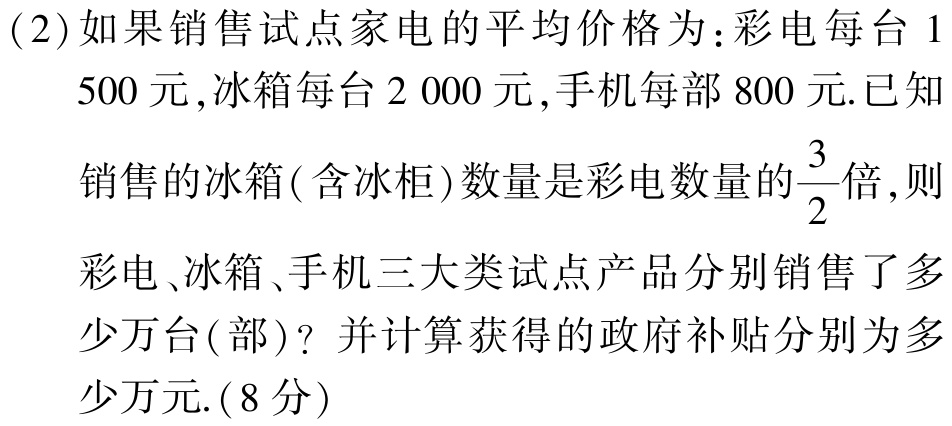
(2)如果销售试点家电的平均价格为：彩电每台$1500$元,冰箱每台$2000$元,手机每部$800$元.已知

  销售的冰箱(含冰柜)数量是彩电数量的$\frac{3}{2}$倍,则

  彩电、冰箱、手机三大类试点产品分别销售了多

  少万台(部)? 并计算获得的政府补贴分别为多

  少万元.(8分)